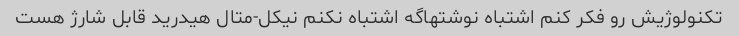
تکنولوژیش رو فکر کنم اشتباه نوشتهاگه اشتباه نکنم نیکل-متال هیدرید قابل شارژ هست